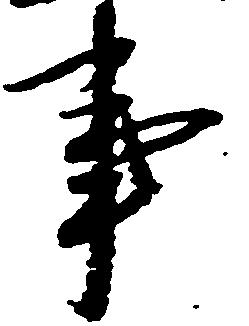
事